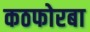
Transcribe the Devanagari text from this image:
कठफोरबा